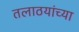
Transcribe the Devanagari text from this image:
तलाठयांच्या